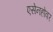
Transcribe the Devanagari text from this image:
एसेनहोवर